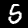
Digit: 5